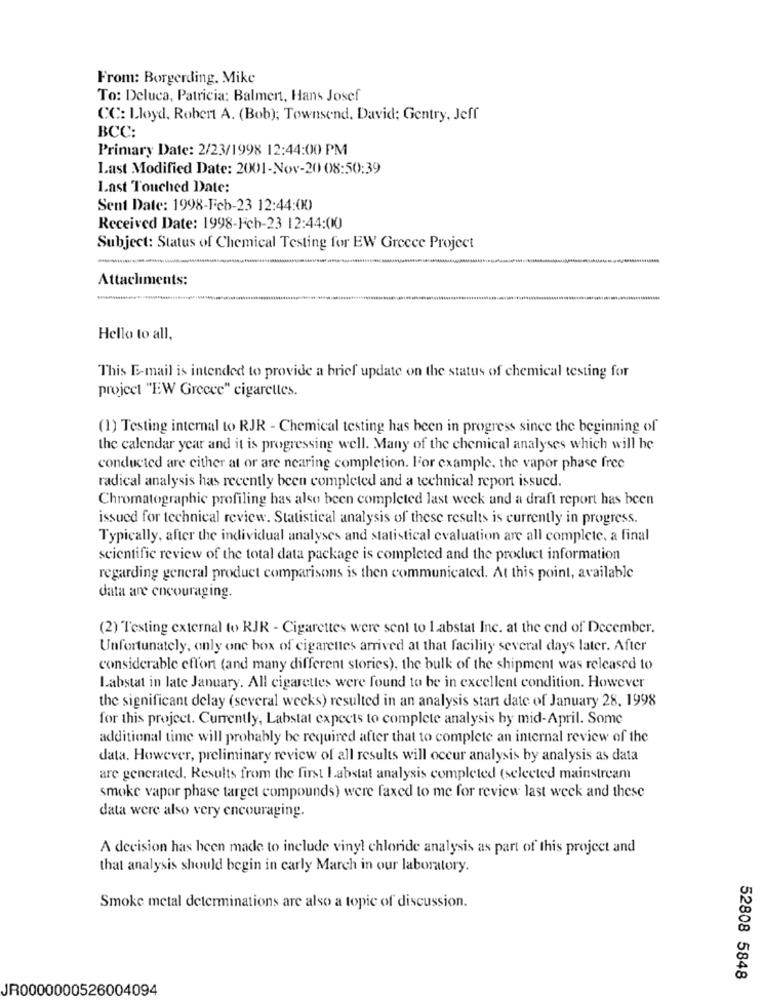
From: Borgerding. Mike
To: Deluca, Patricia: Balmert, Hans Josef
CC: Lloyd, Robert A. (Bob); Townsend. David; Gentry, Jeff
BCC:
Primary Date: 2/23/1998 12:44:00 PM
Last Modified Date: 2001-Nov-20 08:50:39
Last Touched Date:
Sent Date: 1998-Feb-23 12:44:00
Received Date: 1998-Feb-23 12:44:00
Subject: Status of Chemical Testing for EW Greece Project
Attachments:
Hello to all,
This E-mail is intended to provide a brief update on the status of chemical testing for
project "EW Greece" cigarettes.
(1) Testing internal to RJR - Chemical testing has been in progress since the beginning of
the calendar year and it is progressing well. Many of the chemical analyses which will be
conducted are either at or are nearing completion. For example, the vapor phase free
radical analysis has recently been completed and a technical report issucd.
Chromatographic profiling has also been completed last week and a draft report has been
issued for technical review. Statistical analysis of these results is currently in progress.
Typically, after the individual analyses and statistical evaluation are all complete, a final
scientific review of the total data package is completed and the product information
regarding general product comparisons is then communicated. At this point, available
data are encouraging.
(2) Testing external to RJR - Cigarettes were sent to Labstat Inc. at the end of December.
Unfortunately, only one box of cigarettes arrived at that facility several days later. After
considerable effort (and many different stories), the bulk of the shipment was released to
Labstat in late January. All cigarettes were found to be in excellent condition. However
the significant delay (several weeks) resulted in an analysis start date of January 28, 1998
for this project. Currently, Labstat expects to complete analysis by mid-April. Some
additional time will probably be required after that to complete an internal review of the
data. However, preliminary review of all results will occur analysis by analysis as data
are generated. Results from the first labstat analysis completed (selected mainstream
smoke vapor phase target compounds) were faxed to me for review last week and these
data were also very encouraging.
A decision has been made to include vinyl chloride analysis as part of this project and
that analysis should begin in carly March in our laboratory.
Smoke metal determinations are also a topic of discussion.
52808 5848
JR0000000526004094